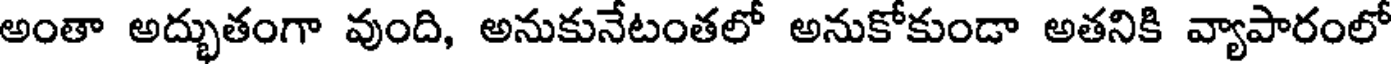
అంతా అద్భుతంగా వుంది, అనుకునేటంతలో అనుకోకుండా అతనికి వ్యాపారంలో